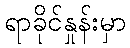
ရာခိုင်နှုန်းမှာ